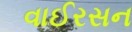
વાઈરસન